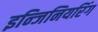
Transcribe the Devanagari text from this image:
इन्जिनियरिंग